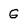
Character: G